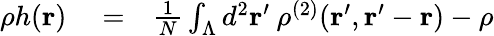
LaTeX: \begin{array}{rlr}{\rho h({\mathbf r})}&{{}=}&{\frac{1}{N}\int_{\Lambda}d^{2}{\mathbf r}^{\prime}\: \rho^{(2)}({\mathbf r}^{\prime},{\mathbf r}^{\prime}-{\mathbf r})-\rho}\end{array}